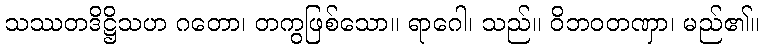
သဿတဒိဋ္ဌိသဟ ဂတော၊ တကွဖြစ်သော။ ရာဂေါ၊ သည်။ ဝိဘဝတဏှာ၊ မည်၏။